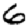
Digit: 6